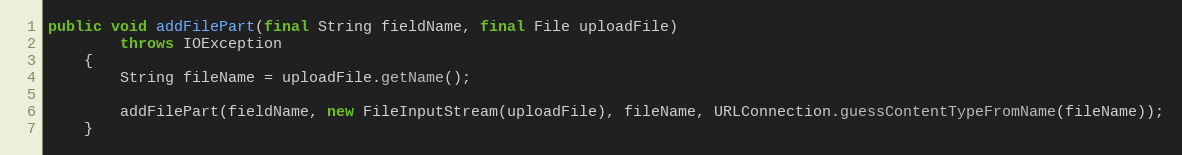
Language: Java
public void addFilePart(final String fieldName, final File uploadFile)
        throws IOException
    {
        String fileName = uploadFile.getName();

        addFilePart(fieldName, new FileInputStream(uploadFile), fileName, URLConnection.guessContentTypeFromName(fileName));
    }